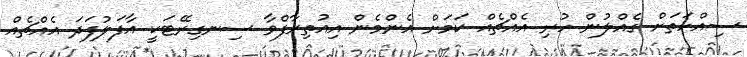
ސިއްހަތަށް ގެއްލުން ހުރި އެއްޗެއް ކަމަށް އެންމެން އިއުތިރާފްވާ ސިނގިރޭޓަކީ އާފަލުފަދަ އެއްޗެއް